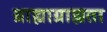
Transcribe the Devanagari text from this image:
ग्राह्याग्राह्यता